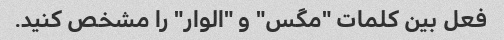
فعل بین کلمات "مگس" و "الوار" را مشخص کنید.